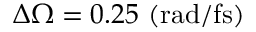
\Delta \Omega = 0 . 2 5 ~ \mathrm { ( r a d / f s ) }